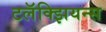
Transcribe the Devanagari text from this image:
टलॅक्झियन्स